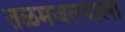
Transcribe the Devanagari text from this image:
तळमजल्याला